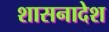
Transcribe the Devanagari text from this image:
शासनादेश